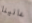
عانينا